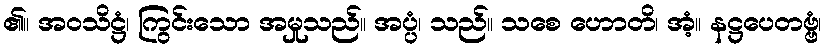
၏။ အဝသိဋ္ဌံ၊ ကြွင်းသော အမှုသည်။ အပ္ပံ၊ သည်။ သစေ ဟောတိ၊ အံ့။ နဋ္ဌပေတဗ္ဗံ၊